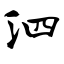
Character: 泗